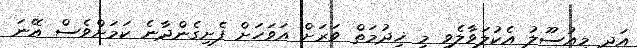
އަދި މިއުސޫލު އެކުލަވާލެވި މި ޚިދުމަތް ވަރަށް އަވަހަށް ފެށިގެންދާނެ ކަމަށްވެސް އޭނަ